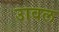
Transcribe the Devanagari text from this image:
उावल